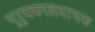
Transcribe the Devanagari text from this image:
पूर्वकालवाचक